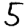
Digit: 5